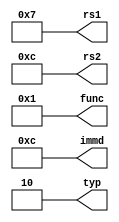
module inputs(
	output reg [31:0] rs1,
	output reg [31:0] rs2,
	output reg [4:0] func,
	output reg [13:0] immd, 
	output reg [1:0] typ
);

	initial begin
		typ = 2'b10;
		func = 5'b00001;
		rs1 = 32'b00000000000000000000000000000111;
		rs2 = 32'b00000000000000000000000000001100;
		immd = 14'b00000000001100; 
	end
	
endmodule